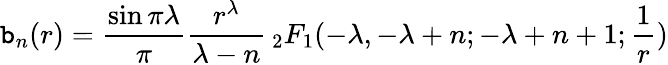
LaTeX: \mathtt{b}_{n}(r)=\frac{{\sin\pi\lambda}}{{\pi}}\frac{{r^{\lambda}}}{{\lambda-n}}\, _{2}F_{1}(-\lambda,-\lambda+n;-\lambda+n+1;\frac{1}{r})